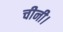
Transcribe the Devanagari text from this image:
चीनी।